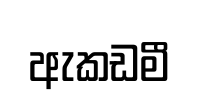
ඇකඩමී